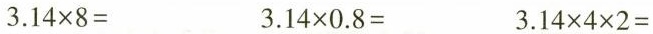
$$3.14 \times 8=$$ $$3.14 \times 0.8=$$ $$3.14 \times 4 \times 2=$$